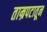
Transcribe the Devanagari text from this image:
ताम्रपटातून